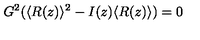
G ^ { 2 } ( \langle R ( z ) \rangle ^ { 2 } - I ( z ) \langle R ( z ) \rangle ) = 0